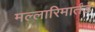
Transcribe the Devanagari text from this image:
मल्लारिमार्तंड